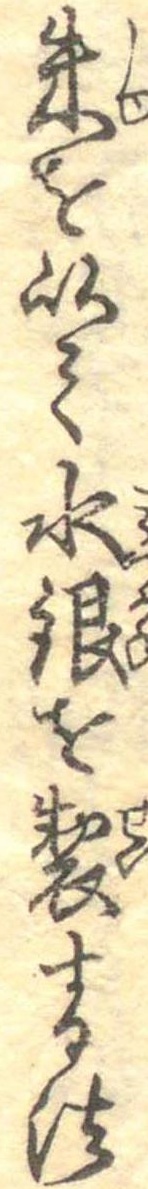
朱を以て水銀を製する法